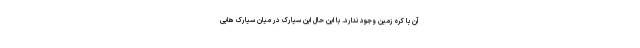
آن با کره زمین وجود ندارد. با این حال این سیارک در میان سیارک هایی